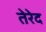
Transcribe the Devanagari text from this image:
तेरेद